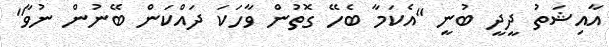
އާއިޝަތު ދީދީ ބުނީ "އެކަމާ ބެހޭ ގޮތުން ވާހަކަ ދައްކަން ބޭނުން ނުވާ"